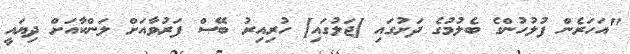
"އަހަރެން ފުލުހުންގެ ބެލުމުގެ ދަށުގައި [ޖަލުގައި] ހުރިއިރު ބޭސް ފަރުވާއަށް ލަންކާއަށް ދިޔައީ